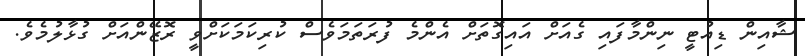
ޝާއިން ޑިއުޓީ ނިންމާފައި ގެއަށް އައިގޮތަށް އެންމެ ފުރަތަމަވެސް ކުރިކަމަކަށްވީ ރޮޒޭންއަށް ގުޅާލުމެވެ.